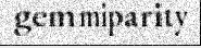
gemmiparity